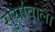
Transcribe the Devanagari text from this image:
सुयांवाला